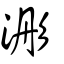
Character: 浵